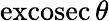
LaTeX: \operatorname{excosec}\theta